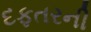
દફતરની